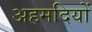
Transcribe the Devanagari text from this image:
अहमदियों